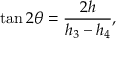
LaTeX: \tan 2 \theta = \frac { 2 h } { h _ { 3 } - h _ { 4 } } ,